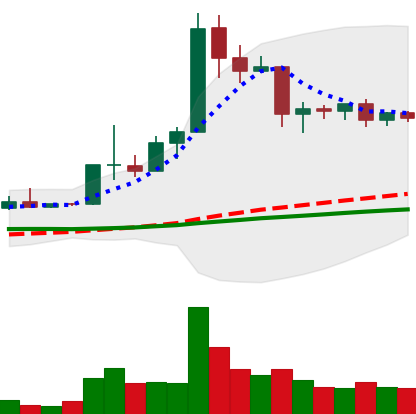
Ticker: ETC-USD
Chart end date: 2019-04-17
Forward return: -4.589%
Label: down_3_5